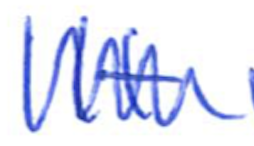
Text: It
Cross-out: mix
Writing tool: ballpoint